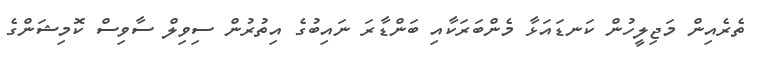
ތެރެއިން މަޖިލީހުން ކަނޑައަޅާ މެންބަރަކާއި ބަންޑާރަ ނައިބުގެ އިތުރުން ސިވިލް ސާވިސް ކޮމިޝަންގެ